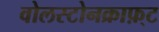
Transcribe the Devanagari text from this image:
वोलस्टोनक्राफ़्ट